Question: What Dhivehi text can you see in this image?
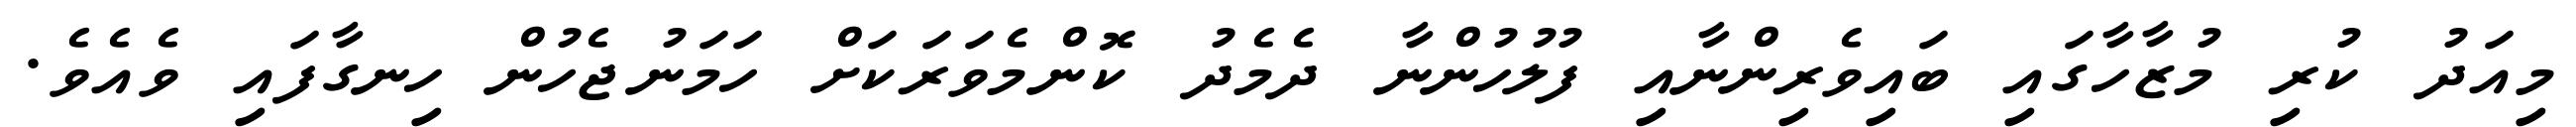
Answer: މިއަދު ކުރި މުޒާހާގައި ބައިވެރިންނާއި ފުލުހުންނާ ދެމެދު ކޮންމެވަރަކަށް ހަމަނުޖެހުން ހިނގާފައި ވެއެވެ.